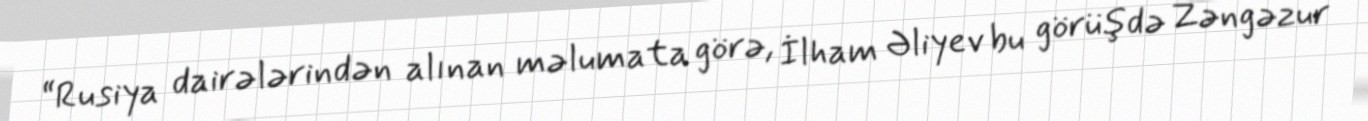
“Rusiya dairələrindən alınan məlumata görə, İlham Əliyev bu görüşdə Zəngəzur